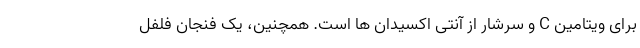
برای ویتامین C و سرشار از آنتی اکسیدان ها است. همچنین، یک فنجان فلفل